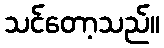
သင်တော့သည်။